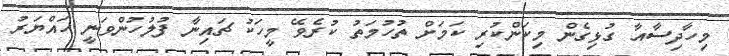
މިހާދިސާއާ ގުޅިގެން މިކަންކުރި ކަމަށް ތުހުމަތު ކުރެވޭ މީހަކު ޗައިނާ ފުލުހުންވަނީ ހައްޔަރު